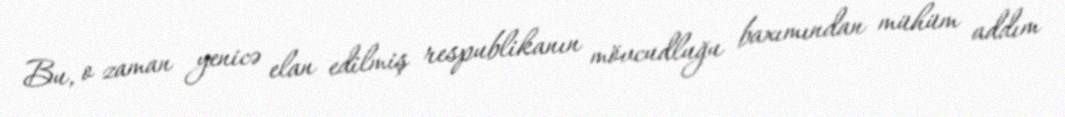
Bu, o zaman yenicə elan edilmiş respublikanın mövcudluğu baxımından mühüm addım